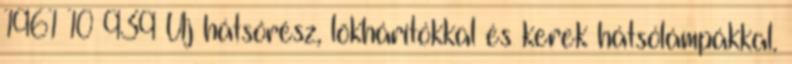
1961 10 939 Új hátsórész, lökhárítókkal és kerek hátsólámpákkal.